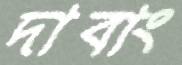
দাবাং